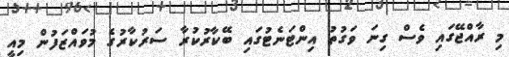
މި ރާއްޖޭގައި ވެސް ގިނަ ވަގުތު އިންޓަނެޓުގައި ބޭކާރުކުރާ ސަރުކާރުގެ މުވައްޒަފުން މިއީ